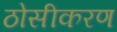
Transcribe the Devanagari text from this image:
ठोसीकरण